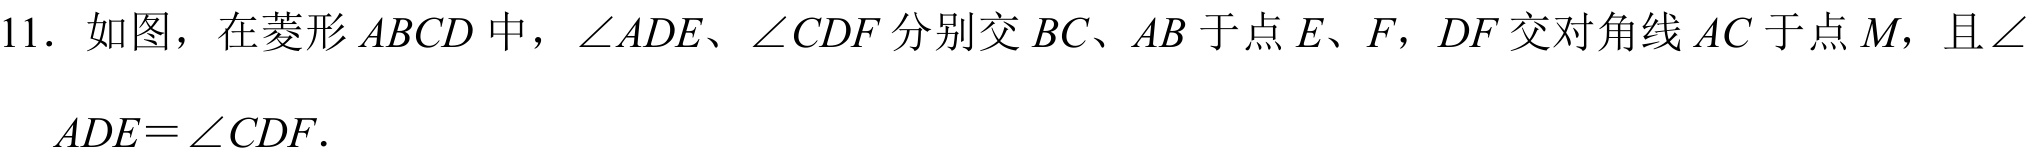
11. 如图，在菱形\(ABCD\)中，\(\angle ADE\)、\(\angle CDF\)分别交\(BC\)、\(AB\)于点\(E\)、\(F\)，\(DF\)交对角线\(AC\)于点\(M\)，且\(\angle ADE = \angle CDF\).